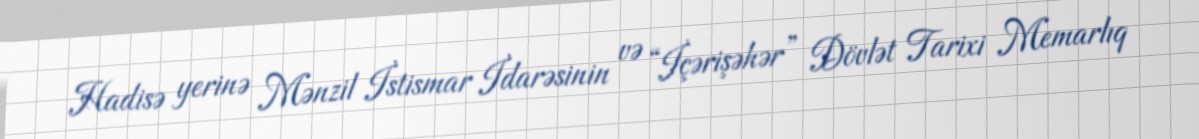
Hadisə yerinə Mənzil İstismar İdarəsinin və “İçərişəhər” Dövlət Tarixi Memarlıq